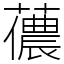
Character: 𧁓